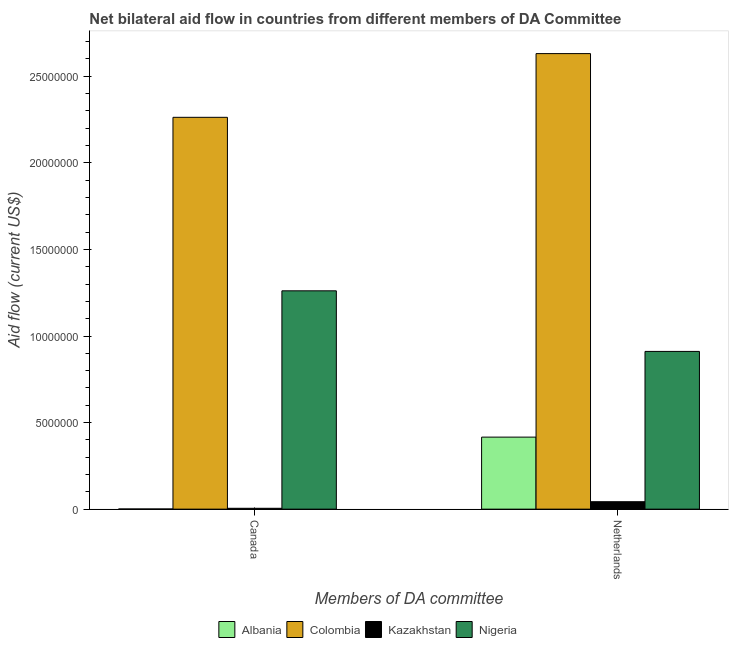
| Members of DA committee | Albania | Colombia | Kazakhstan | Nigeria |
 | --- | --- | --- | --- | --- |
 | Canada | 1e+04 | 2.26e+07 | 5e+04 | 1.26e+07 |
 | Netherlands | 4.16e+06 | 2.63e+07 | 4.3e+05 | 9.11e+06 |